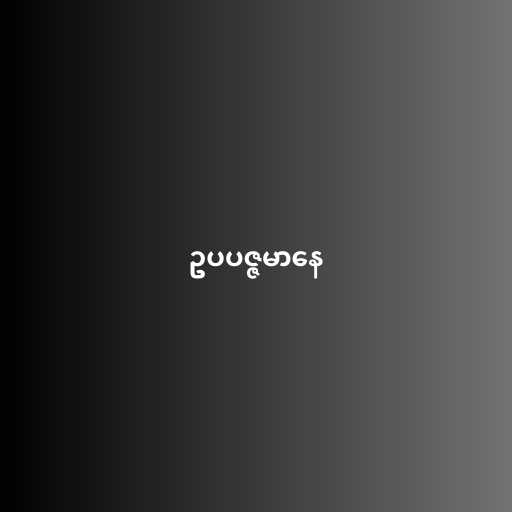
ဥပပဇ္ဇမာနေ